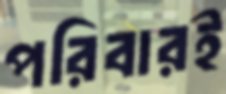
পরিবারই